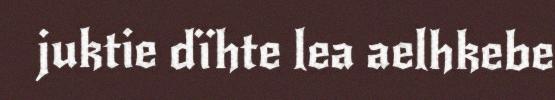
juktie dïhte lea aelhkebe